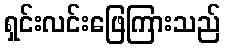
ရှင်းလင်းဖြေကြားသည်